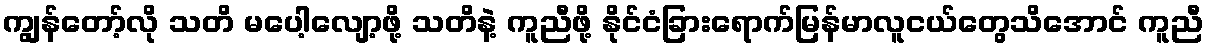
ကျွန်တော့်လို သတိ မပေါ့လျော့ဖို့ သတိနဲ့ ကူညီဖို့ နိုင်ငံခြားရောက်မြန်မာလူငယ်တွေသိအောင် ကူညီ